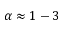
\alpha \approx 1 - 3